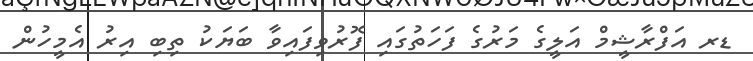
ޑރ އަފްރާޝީމް އަލީގެ މަރުގެ ފަހަތުގައި ފޮރުވިފައިވާ ބަޔަކު ތިބި އިރު އެމީހުން